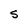
Character: S